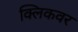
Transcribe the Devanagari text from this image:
क्लिकवर